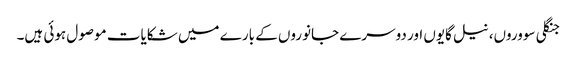
جنگلی سووروں، نیل گایوں اور دوسرے جانوروں کے بارے میں شکایات موصول ہوئی ہیں۔